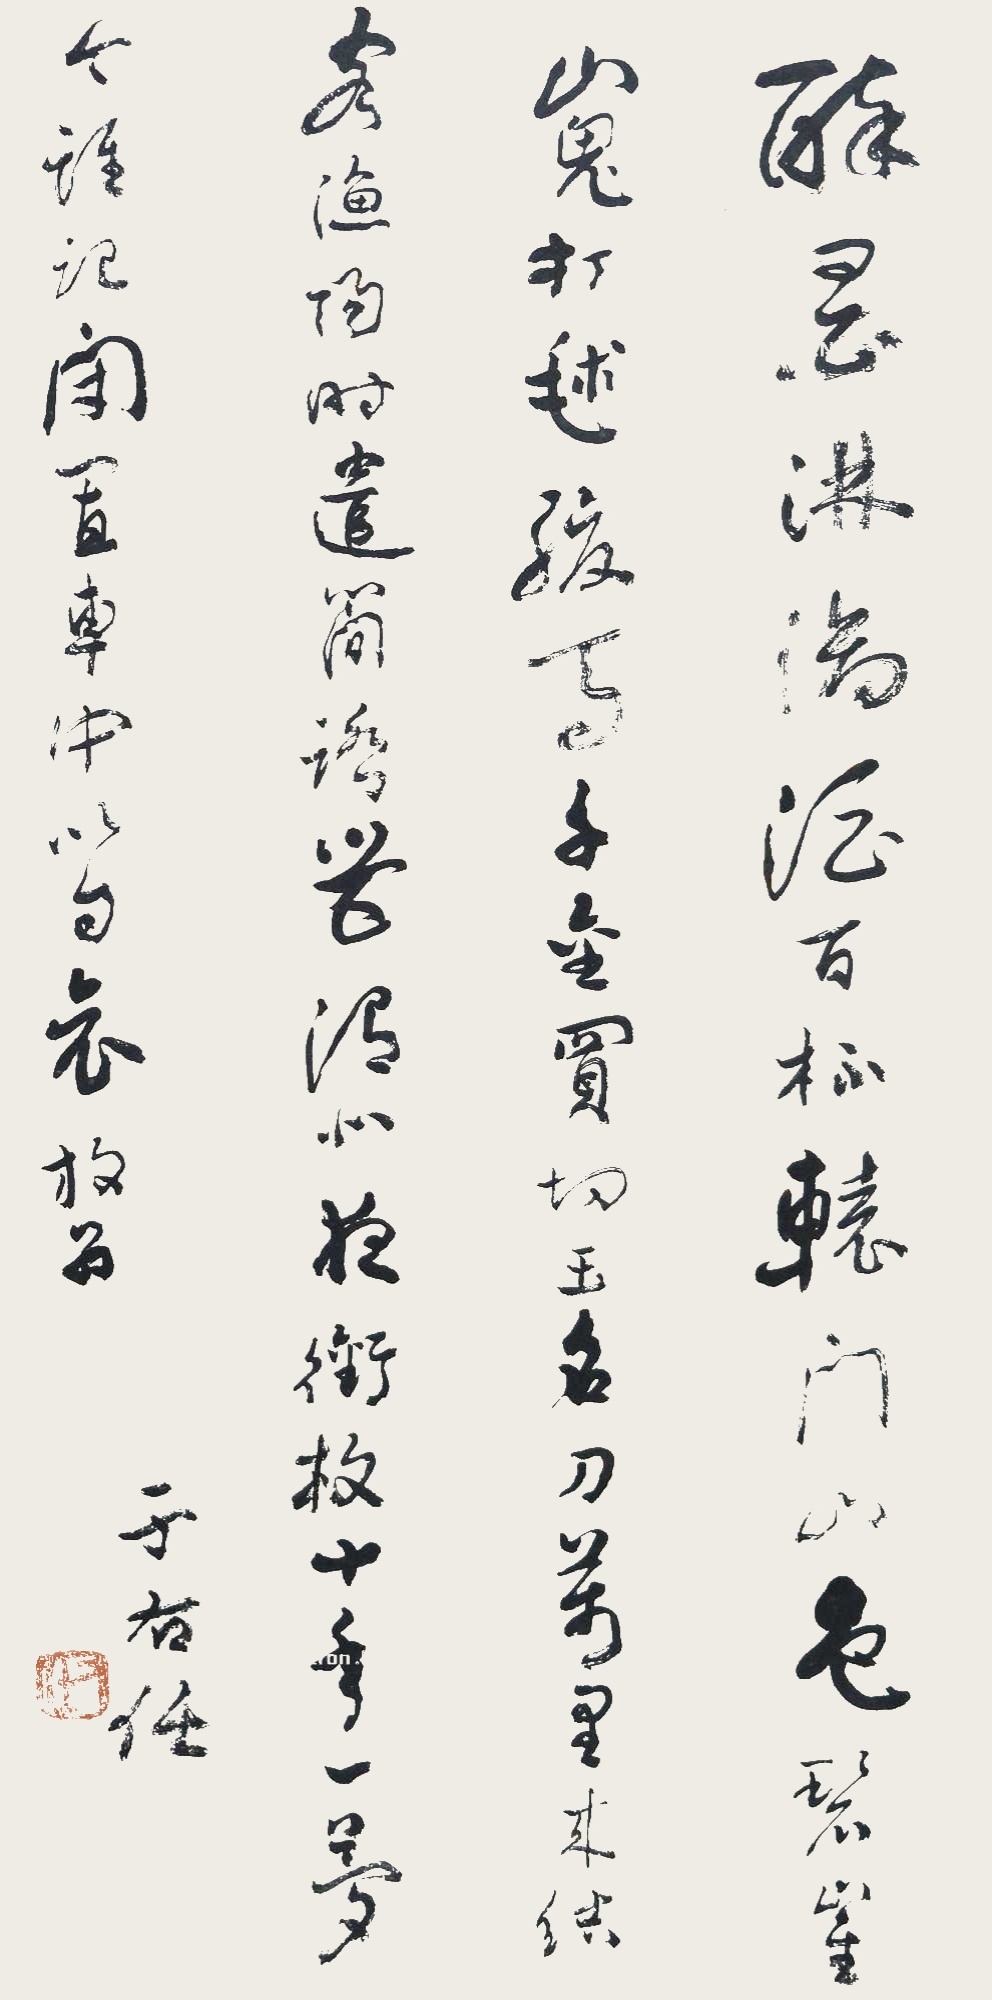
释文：醉墨淋漓酒百杯，辕门山色碧崔嵬。打球骏马千金买，切玉名刀万里来。结客渔阳时遣简，踏营渭北夜衔枚。十年一梦今谁记，闭置车中只自哀。放翁于右任。